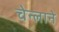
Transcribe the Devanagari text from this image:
चेन्लाने